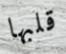
قلبها